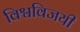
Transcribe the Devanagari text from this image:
विश्वविजयी